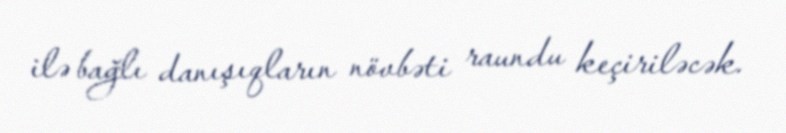
ilə bağlı danışıqların növbəti raundu keçiriləcək.